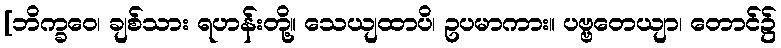
[ဘိက္ခဝေ၊ ချစ်သား ရဟန်းတို့။ သေယျထာပိ၊ ဥပမာကား။ ပဗ္ဗတေယျာ၊ တောင်၌